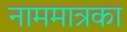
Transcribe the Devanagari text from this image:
नाममात्रका